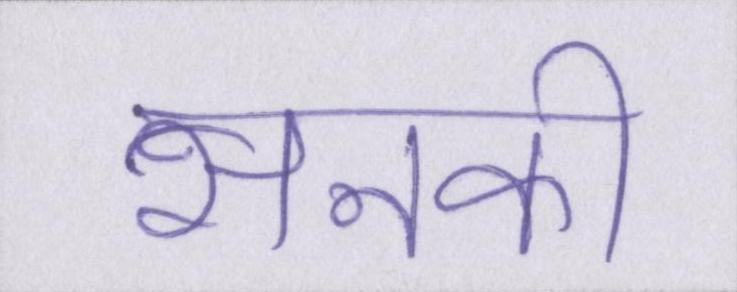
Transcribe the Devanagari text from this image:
सनकी